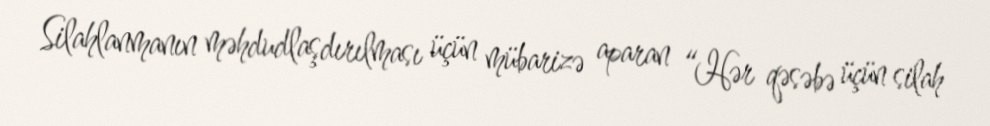
Silahlanmanın məhdudlaşdırılması üçün mübarizə aparan “Hər qəsəbə üçün silah